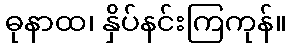
ဓုနာထ၊ နှိပ်နင်းကြကုန်။